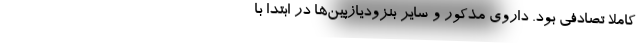
کاملاً تصادفی بود. داروی مذکور و سایر بنزودیازپین‌ها در ابتدا با